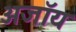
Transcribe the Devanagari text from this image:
अजॉय